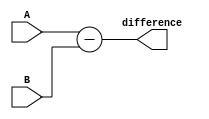
module Behavioral_Subtractor (
    input [3:0] A,
    input [3:0] B,
    output reg [3:0] difference
);

assign difference = A - B;

endmodule